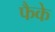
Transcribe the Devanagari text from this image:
फैके